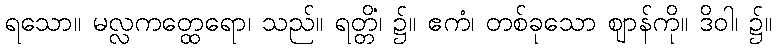
ရသော။ မလ္လကတ္ထေရော၊ သည်။ ရတ္တိံ၊ ၌။ ဧကံ၊ တစ်ခုသော ဈာန်ကို။ ဒိဝါ၊ ၌။